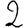
Digit: 2